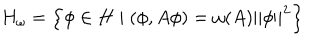
H _ { \omega } = \left\{ \phi \in H \mid ( \phi , A \phi ) = \omega ( A ) \left\| \phi \right\| ^ { 2 } \right\}